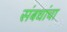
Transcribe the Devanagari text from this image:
संबधांचा